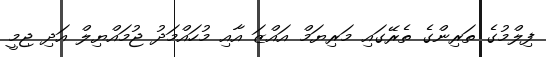
ފިލްމުގެ ތަރިންގެ ތެރޭގައި މަރިޔަމް އައްޒަ އާއި މުހައްމަދު ޖުމައްޔިލް އަދި ޖިމީ